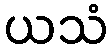
ယသံ